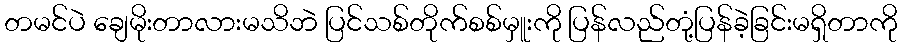
တမင်ပဲ ချေမိုးတာလားမသိဘဲ ပြင်သစ်တိုက်စစ်မှူးကို ပြန်လည်တုံ့ပြန်ခဲ့ခြင်းမရှိတာကို